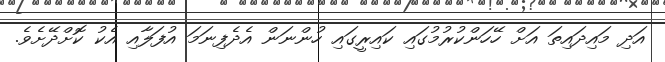
އަދި މައިދައިތަ އަށް ހޭހަންކުރުމުގައި ކައިރީގައި ހުންނަން އެދެފިނަމަ އުފަލާއި އެކު ކޮށްދޭށެވެ.